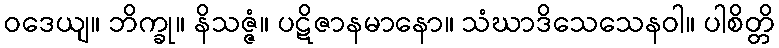
ဝဒေယျ။ ဘိက္ခု။ နိသဇ္ဇံ။ ပဋိဇာနမာနော။ သံဃာဒိသေသေနဝါ။ ပါစိတ္တိ